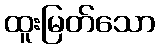
ထူးမြတ်သော